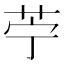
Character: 苧